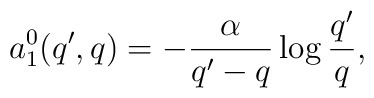
a_1^0(q',q)= -\frac{\alpha}{q'-q} \log \frac{q'}{q},